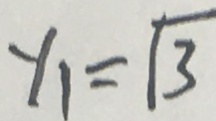
y _ { 1 } = \sqrt { 3 }